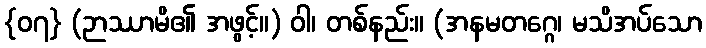
{၀၇} (ဉာဿာမိ၏ အဖွင့်။) ဝါ၊ တစ်နည်း။ (အနမတဂ္ဂေ၊ မသိအပ်သော